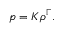
p = K \rho ^ { \Gamma } .